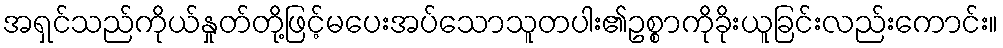
အရှင်သည်ကိုယ်နှုတ်တို့ဖြင့်မပေးအပ်သောသူတပါး၏ဥစ္စာကိုခိုးယူခြင်းလည်းကောင်း။